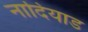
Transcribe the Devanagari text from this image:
नादियाड